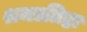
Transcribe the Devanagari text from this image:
श्रमप्रतिष्ठा